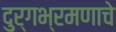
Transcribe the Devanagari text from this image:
दुर्गभ्रमणाचे